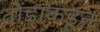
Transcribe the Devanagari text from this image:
तोंडाकडून